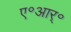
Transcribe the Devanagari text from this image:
ए॰आर्॰